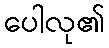
ပေါလု၏